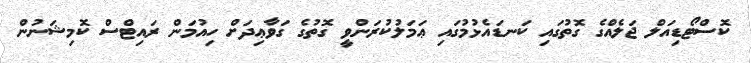
ކޮސްޓޯޑިއަލް ޖަލެއްގެ ގޮތުގައި ކަނޑައެޅުމުގައި ޢަމަލުކުރަންވީ ގޮތުގެ ގަވާޢިދަށް ހިއުމަން ރައިޓްސް ކޮމިޝަނުން